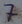
Text: 7